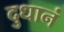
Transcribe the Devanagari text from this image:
दुधानं